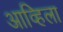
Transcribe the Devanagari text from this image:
आव्हिला